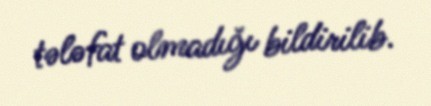
tələfat olmadığı bildirilib.